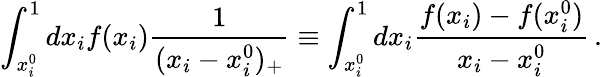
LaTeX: \int_{x_{i}^{0}}^{1}dx_{i}f(x_{i})\frac{1}{(x_{i}-x_{i}^{0})_{+}}\equiv\int_{x_{i}^{0}}^{1}dx_{i}\frac{f(x_{i})-f(x_{i}^{0})}{x_{i}-x_{i}^{0}}\, .